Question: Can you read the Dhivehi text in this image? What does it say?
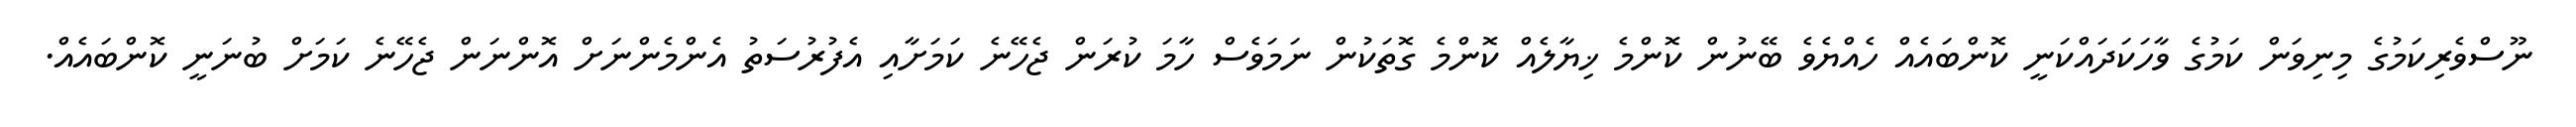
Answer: ނޫސްވެރިކަމުގެ މިނިވަން ކަމުގެ ވާހަކަދައްކަނީ ކޮންބައެއް ހެއްޔެވެ ބޭނުން ކޮންމެ ޚިޔާލެއް ކޮންމެ ގޮތަކުން ނަމަވެސް ހާމަ ކުރަން ޖެހޭނެ ކަމަށާއި އެފުރުސަތު އެންމެންނަށް އޮންނަން ޖެހޭނެ ކަމަށް ބުނަނީ ކޮންބައެއް.